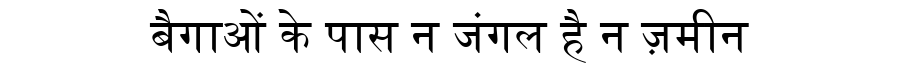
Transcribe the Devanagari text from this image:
बैगाओं के पास न जंगल है न ज़मीन